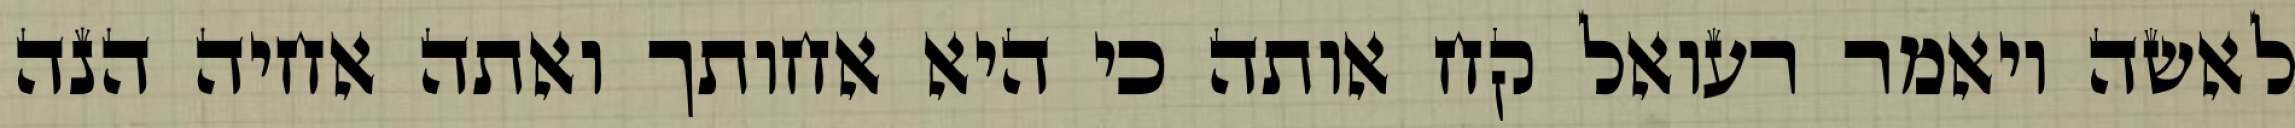
לאשה ויאמר רעואל קח אותה כי היא אחותך ואתה אחיה הנה